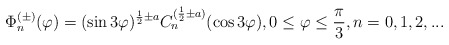
\begin{align*}\Phi _{n}^{(\pm)}(\varphi ) = (\sin 3\varphi )^{\frac{1}{2} \pm a}C_{n}^{(\frac{1}{2}\pm a)}(\cos 3\varphi ), 0\leq \varphi \leq \frac{\pi }{3}, n=0,1,2,... \end{align*}